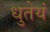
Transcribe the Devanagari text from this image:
धुतेयं